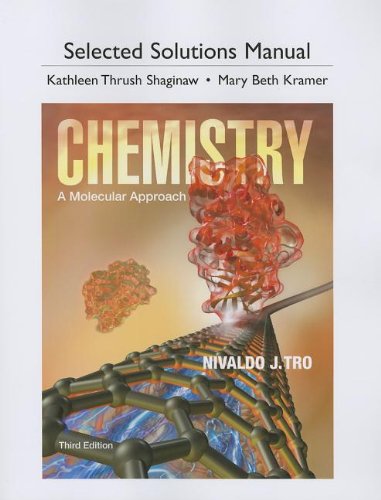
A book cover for Selected Solutions Manual for Chemistry: A Molecular Approach, 3rd Edition; Nivaldo J. Tro; Science & Math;